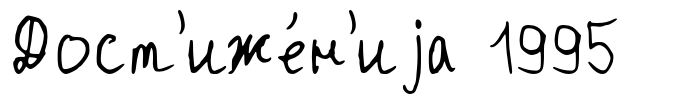
Дост'иже́н'иjа 1995